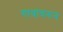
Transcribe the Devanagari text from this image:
गावांवरुन